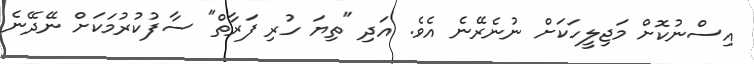
އިސްނުކޮށް މަޖިލީހަކަށް ނުނެރޭނެ އެވެ. އަދި "ތިޔަ ހުރި ފަރާތް" ސާފުކުރުމަކަށް ނޭދޭނެ